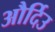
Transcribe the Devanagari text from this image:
और्दिउ